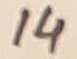
Text: 14